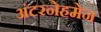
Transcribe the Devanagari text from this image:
अंटरनेहमेन